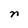
Character: n